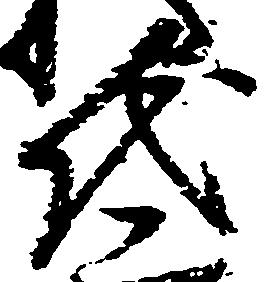
代